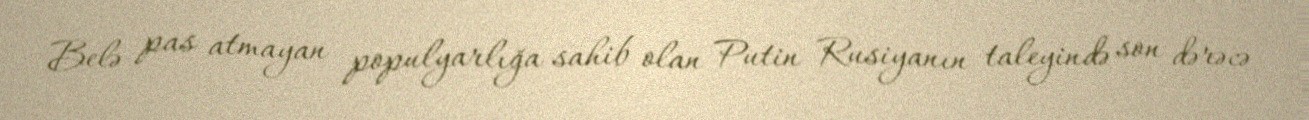
Belə pas atmayan populyarlığa sahib olan Putin Rusiyanın taleyində son dərəcə